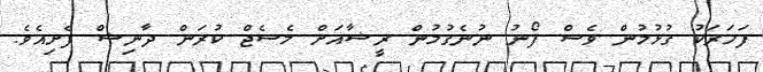
ފަހަރަކު ގުޅުުމުން ވެސް ފޯނު ނުނެގުމުން ރީޝާއަށް މެސެޖް ކުރަން ދާނިޝް ފެށިއެވެ.